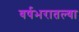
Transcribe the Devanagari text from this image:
वर्षभरातल्या